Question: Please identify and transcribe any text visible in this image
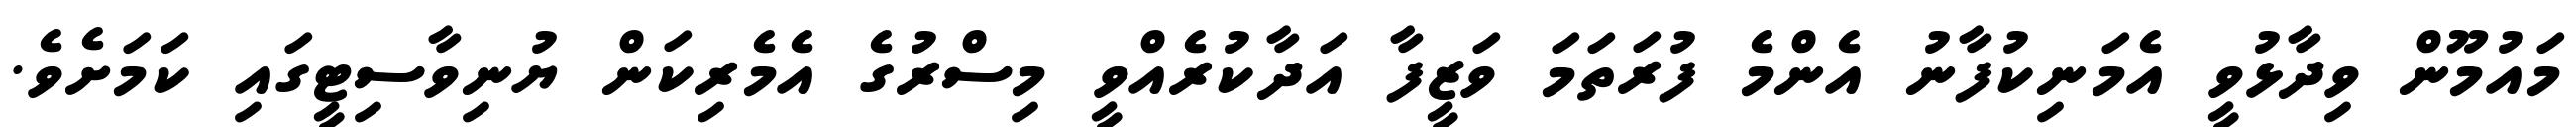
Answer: މައުމޫން ވިދާޅުވީ އެމަނިކުފާނު އެންމެ ފުރަތަމަ ވަޒީފާ އަދާކުރެއްވީ މިސްރުގެ އެމެރިކަން ޔުނިވާސިޓީގައި ކަމަށެވެ.